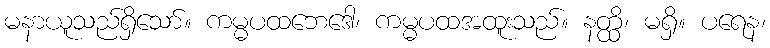
မနာယူသည်ရှိသော်။ ကမ္မပထဘေဒေါ၊ ကမ္မပထအထူးသည်။ နတ္ထိ၊ မရှိ။ ပရေန၊